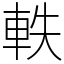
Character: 軼